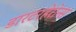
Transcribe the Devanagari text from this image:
डारटरहेरोन्स